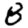
Digit: 8